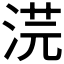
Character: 𭰳